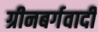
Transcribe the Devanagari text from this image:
ग्रीनबर्गवादी